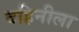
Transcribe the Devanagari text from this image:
वहिनीला